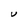
Character: U